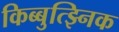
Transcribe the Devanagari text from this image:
किब्बुत्झ्निक